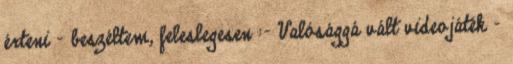
érteni - beszéltem, feleslegesen :- Valósággá vált videojáték –